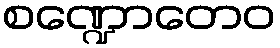
စဏ္ဍောတေဝ